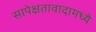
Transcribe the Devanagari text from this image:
सापेक्षतावादामध्ये